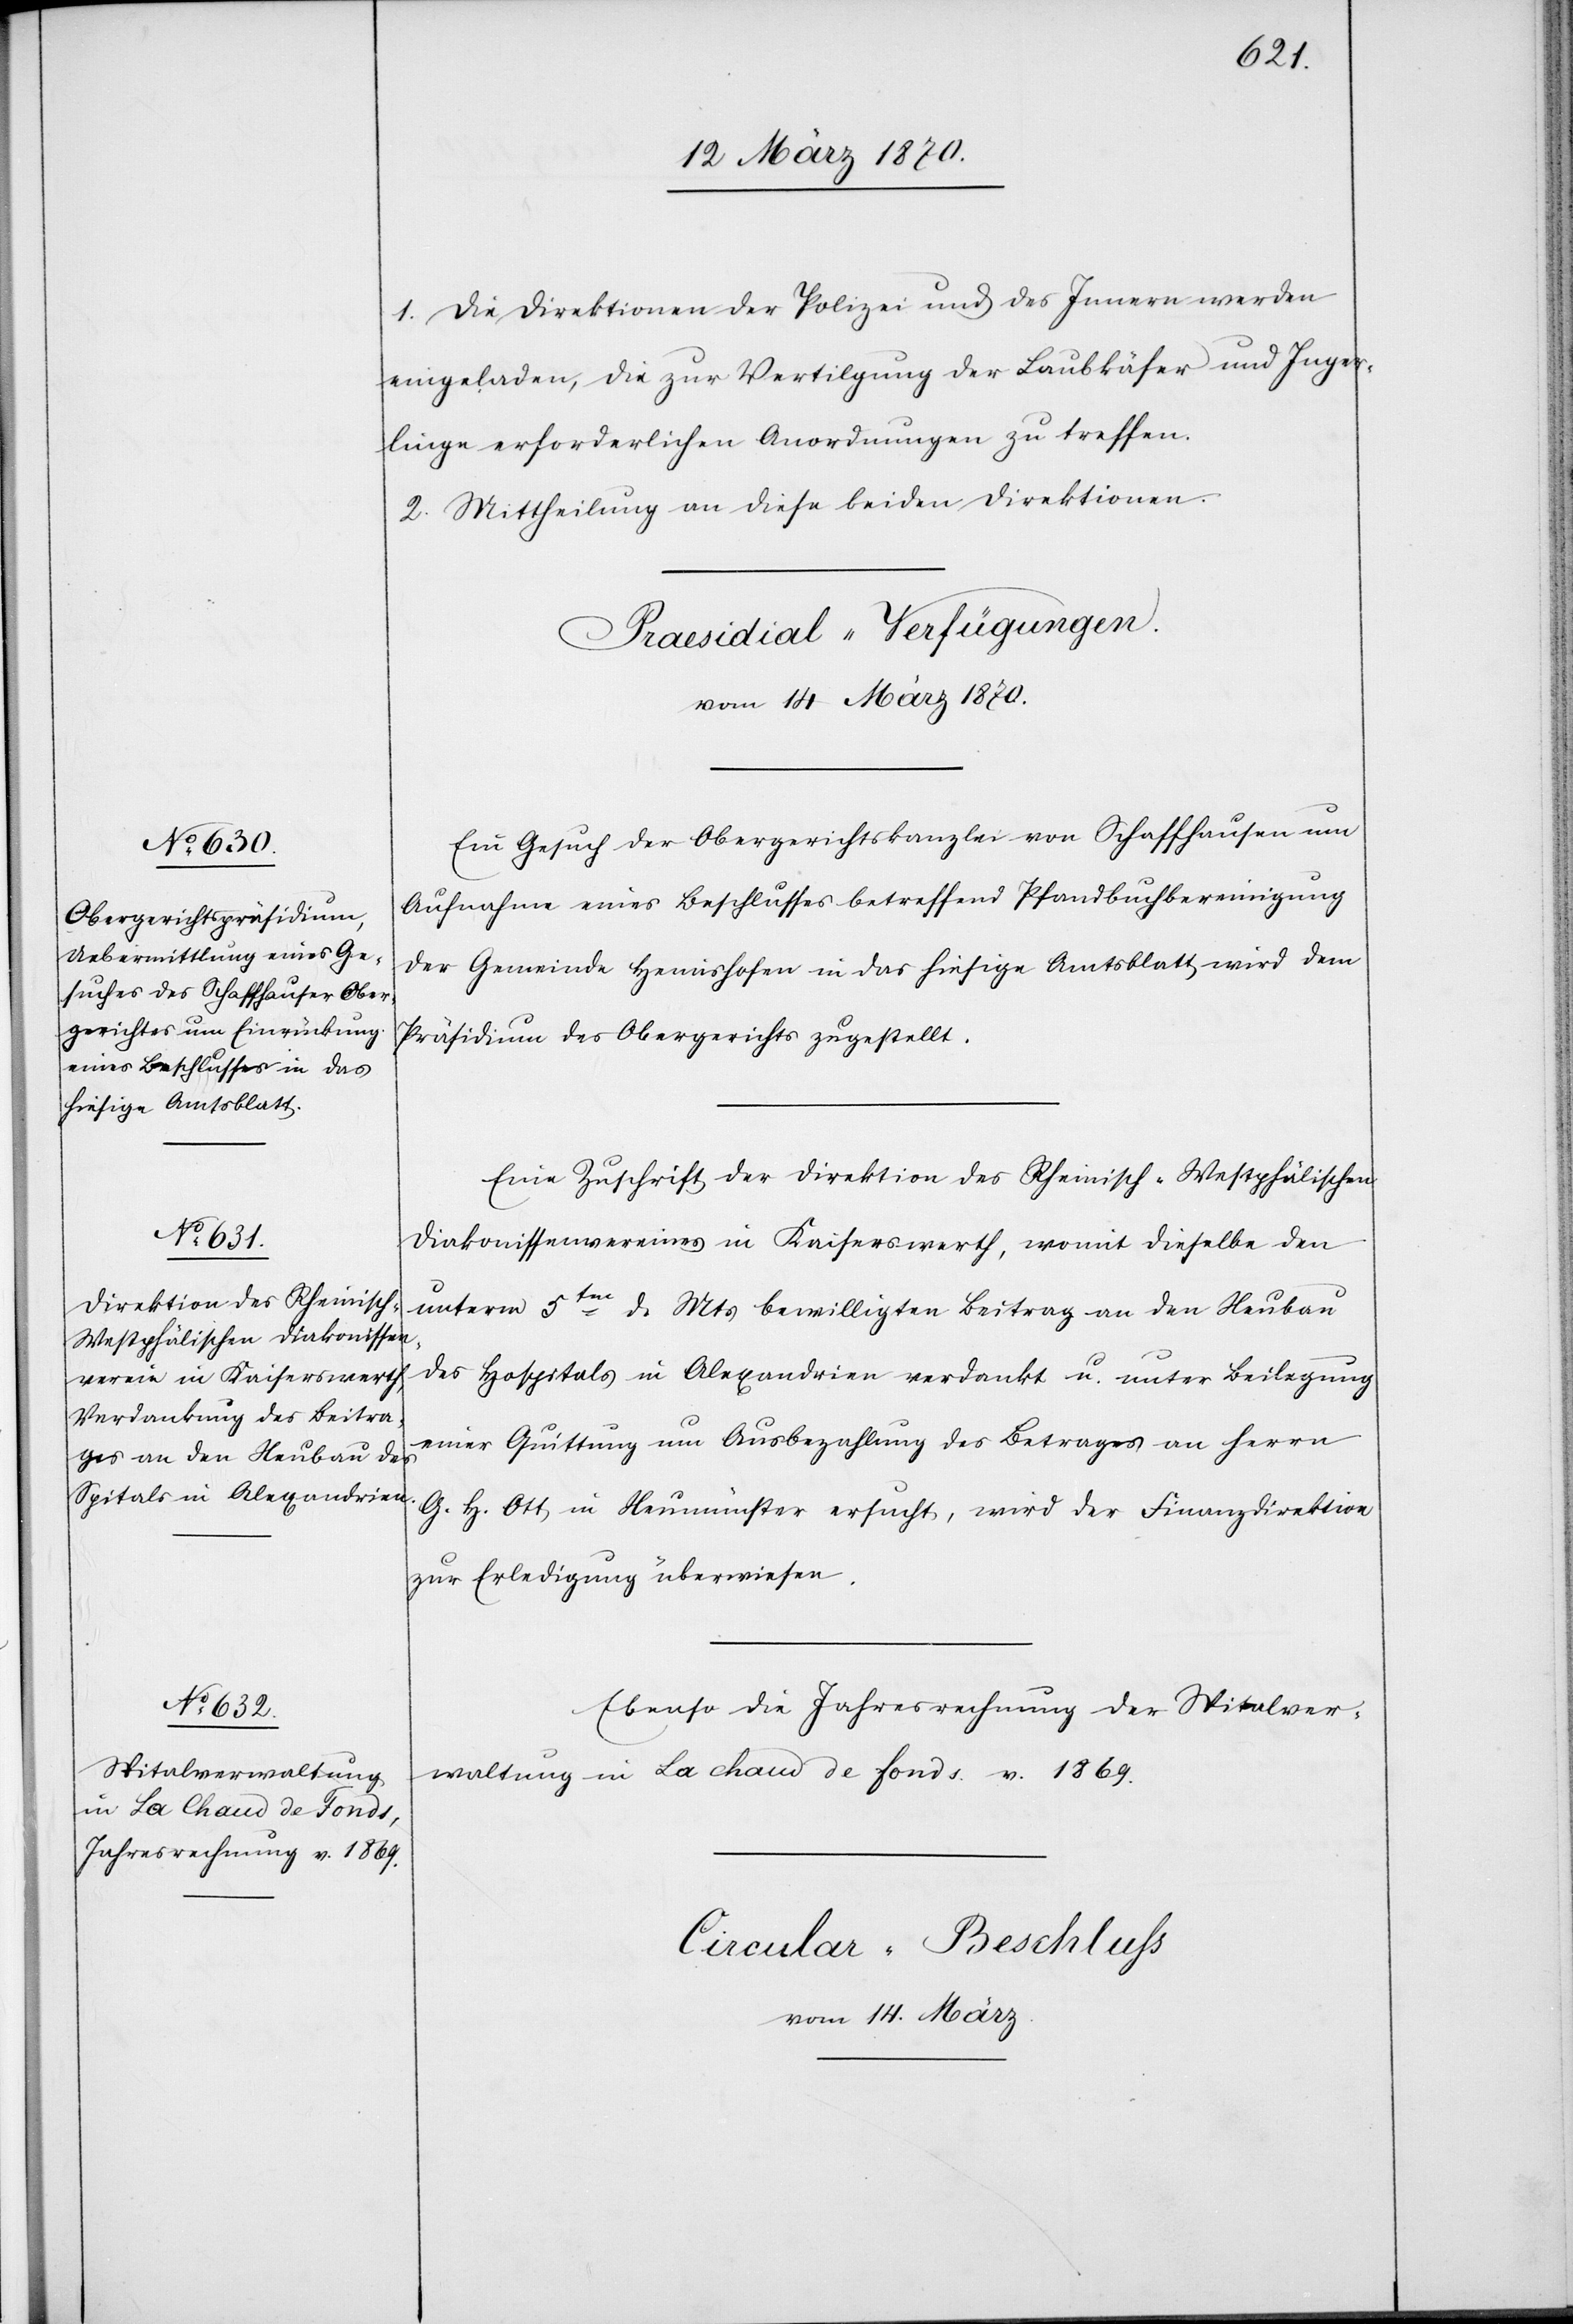
1. Die Direktionen der Polizei und des Innern werden
eingeladen, die zur Vertilgung der Laubkäfer und Inger¬
[sic!] erforderlichen Anordnungen zu treffen.
2. Mittheilung an diese beiden Direktionen.
[Praesidial-Verfügungen.
vom 14 März 1870.]
Ein Gesuch der Obergerichtskanzlei von Schaffhausen um
Aufnahme eines Beschlusses betreffend Pfandbuchbereinigung
der Gemeinde Hemishofen in das hiesige Amtsblatt wird dem
Präsidium des Obergerichts zugestellt.
Eine Zuschrift der Direktion des Rheinisch-Westphälischen
Diakonissenvereins in Kaiserswerth, womit dieselbe den
linge
unterm 5ten d. Mts bewilligten Beitrag an den Neubau
des Hospitals in Alexandrien verdankt u. unter Beilegung
einer Quittung um Ausbezahlung des Betrages an Herrn
G. H. Ott in Neumünster ersucht, wird der Finanzdirektion
zur Erledigung überwiesen.
Ebenso die Jahresrechnung der Spitalver¬
waltung in La chaud de fonds v. 1869.
Circular-Beschluss
vom 14. März.